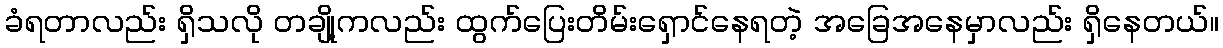
ခံရတာလည်း ရှိသလို တချို့ကလည်း ထွက်ပြေးတိမ်းရှောင်နေရတဲ့ အခြေအနေမှာလည်း ရှိနေတယ်။